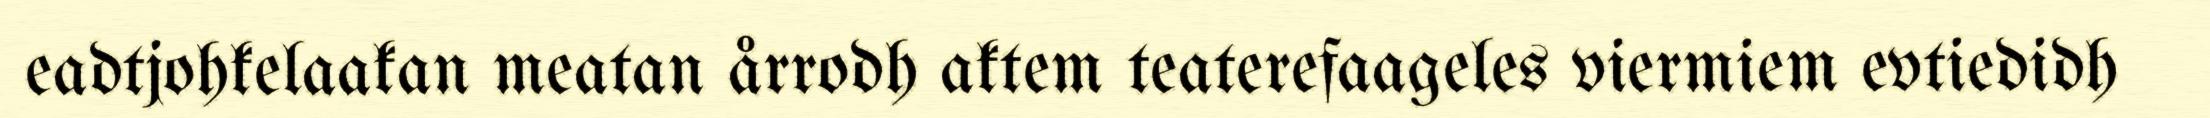
eadtjohkelaakan meatan årrodh aktem teaterefaageles viermiem evtiedidh